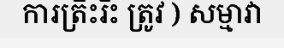
ការត្រិះរិះ ត្រូវ ) សម្មាវា